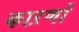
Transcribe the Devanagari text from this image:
काऱणों